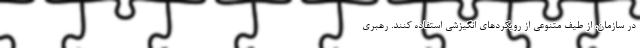
در سازمان، از طیف متنوعی از رویکردهای انگیزشی استفاده کنند. رهبری